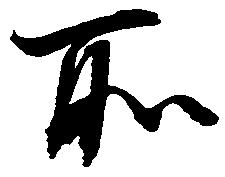
所